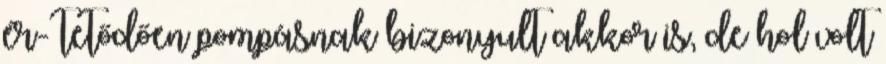
ér- tetődően pompásnak bizonyult akkor is, de hol volt